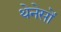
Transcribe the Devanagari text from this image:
थेनेसों